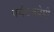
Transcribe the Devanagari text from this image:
पर्यटनप्रेमी